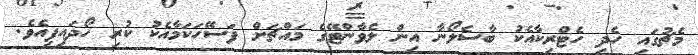
މެޗުގައި ހެދި ހެޓްރިކާއެކު ބާސެލޯނާ އިން ލެވާންޓޭގެ މައްޗަށް ފަސޭހަކަމާއެކު ކުރި ހޯދައިފިއެވެ.